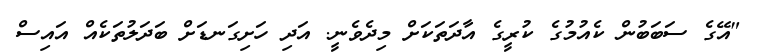
"އޭގެ ސަބަބުން ކެއުމުގެ ކުރީގެ އާދަތަކަށް މިދެވެނީ. އަދި ހަށިގަނޑަށް ބަދަލުތަކެއް އައިސް